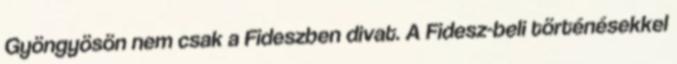
Gyöngyösön nem csak a Fideszben divat. A Fidesz-beli történésekkel